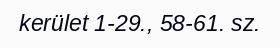
kerület 1-29., 58-61. sz.